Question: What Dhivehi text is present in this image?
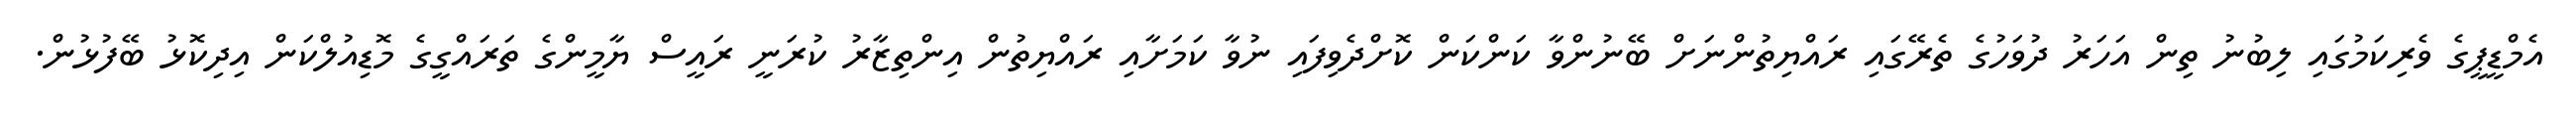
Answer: އެމްޑީޕީގެ ވެރިކަމުގައި ލިބުނު ތިން އަހަރު ދުވަހުގެ ތެރޭގައި ރައްޔިތުންނަށް ބޭނުންވާ ކަންކަން ކޮށްދެވިފައި ނުވާ ކަމަށާއި ރައްޔިތުން އިންތިޒާރު ކުރަނީ ރައީސް ޔާމީންގެ ތަރައްގީގެ މޮޑިއުލްކަން އިދިކޮޅު ބޭފުޅުން.